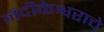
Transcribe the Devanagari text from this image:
नंदीकेश्वराचे